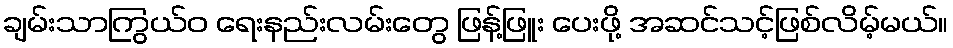
ချမ်းသာကြွယ်ဝ ရေးနည်းလမ်းတွေ ဖြန့်ဖြူး ပေးဖို့ အဆင်သင့်ဖြစ်လိမ့်မယ်။